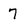
Character: 7